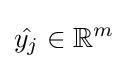
{\hat {y_{j}}}\in \mathbb {R} ^{m}